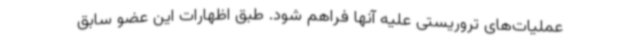
عملیات‌های تروریستی علیه آنها فراهم شود. طبق اظهارات این عضو سابق